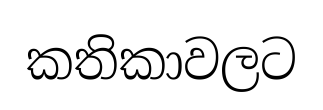
කතිකාවලට